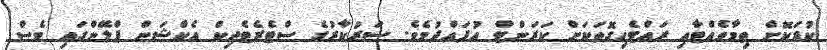
ކުޑަކޮށް ތިމާވެއްޓާއި ރައްޓެހިގޮތަކަށް ކަރަންޓް އުފައްދުމެވެ. ސަރުކާރުގެ ސްޓެރެޓެޖިކް އެކްޝަން ޕްލޭންގައި ވެސް